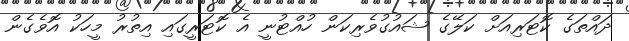
ދައްތަގެ ކޮޓަރިއަށް ކަލޭގެ ޝައުގުވެރިކަން ހުއްޓުނީ އެ ކޮޓަރީގައި އިތުރު މީހަކު އޮވެގެން